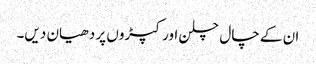
ان کے چال چلن اور کپڑوں پر دھیان دیں۔